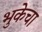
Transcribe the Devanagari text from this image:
भुकेचा